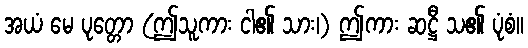
အယံ မေ ပုတ္တော (ဤသူကား ငါ၏ သား၊) ဤကား ဆဋ္ဌီ သ၏ ပုံစံ။